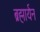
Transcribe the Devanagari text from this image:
ब्रह्मार्यन